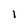
Character: I